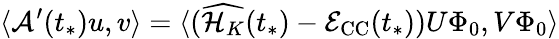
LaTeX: \langle\mathcal{A}^{\prime}(t_{*})u,v\rangle=\langle(\widehat{\mathcal{H}_{K}}(t_{*})-\mathcal{E}_{\mathrm{CC}}(t_{*}))U\Phi_{0},V\Phi_{0}\rangle